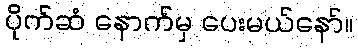
ပိုက်ဆံ နောက်မှ ပေးမယ်နော်။